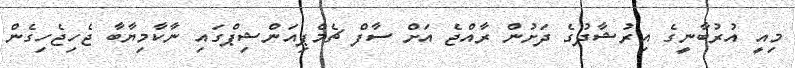
މިއީ އުރުބާނީގެ އިރުޝާދުގެ ދަށުން ރާއްޖެ އަށް ސާފް ޗެމްޕިއަންޝިޕްގައި ނާކާމިޔާބާ ޖެހިޖެހިގެން